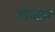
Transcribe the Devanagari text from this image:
जाणारॆ